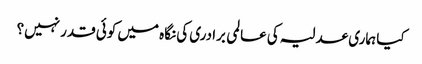
کیا ہماری عدلیہ کی عالمی برادری کی نگاہ میں کوئی قدر نہیں؟